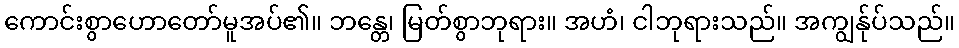
ကောင်းစွာဟောတော်မူအပ်၏။ ဘန္တေ၊ မြတ်စွာဘုရား။ အဟံ၊ ငါဘုရားသည်။ အကျွန်ုပ်သည်။